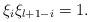
LaTeX: \begin{align*}\xi_{i}\xi_{l+1-i}=1.\end{align*}